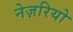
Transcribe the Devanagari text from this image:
नेज़रियो